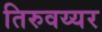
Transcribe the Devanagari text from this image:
तिरुवय्यर